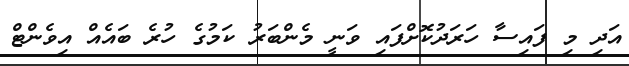
އަދި މި ފައިސާ ހަރަދުކޮށްފައި ވަނީ މެންބަރު ކަމުގެ ހުރެ ބައެއް އިވެންޓް